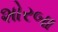
શોરબા